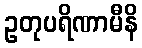
ဥတုပရိဏာမီနိ